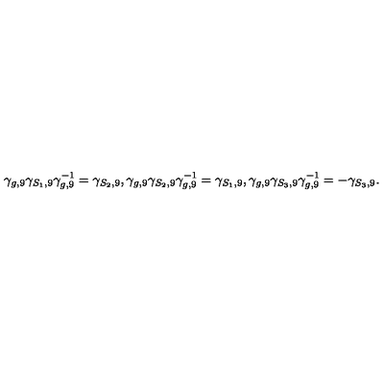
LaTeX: \gamma _ { g , 9 } \gamma _ { S _ { 1 } , 9 } \gamma _ { g , 9 } ^ { - 1 } = \gamma _ { S _ { 2 } , 9 } , \gamma _ { g , 9 } \gamma _ { S _ { 2 } , 9 } \gamma _ { g , 9 } ^ { - 1 } = \gamma _ { S _ { 1 } , 9 } , \gamma _ { g , 9 } \gamma _ { S _ { 3 } , 9 } \gamma _ { g , 9 } ^ { - 1 } = - \gamma _ { S _ { 3 } , 9 } .